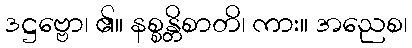
ဒဋ္ဌဗ္ဗော၊ ၏။ နစ္စန္တိစာတိ၊ ကား။ အညေစ၊